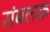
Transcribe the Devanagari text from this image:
संबलक